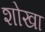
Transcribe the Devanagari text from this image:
शोखा